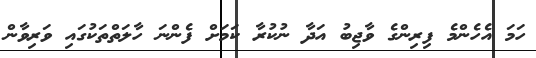
ހަމަ އެހެންމެ ފިރިންގެ ވާޖިބު އަދާ ނުކުރާ ކަމަށް ފެންނަ ހާލަތްތަކުގައި ވަރިވާން